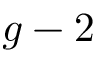
g - 2